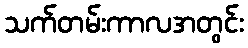
သက်တမ်းကာလအတွင်း